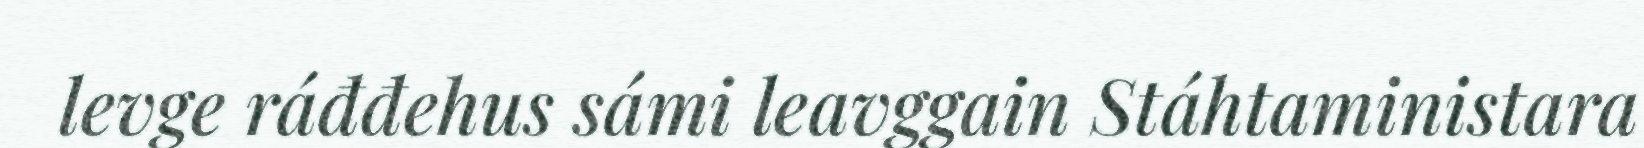
levge ráđđehus sámi leavggain Stáhtaministara